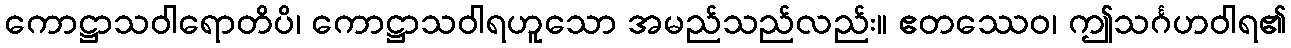
ကောဋ္ဌာသဝါရောတိပိ၊ ကောဋ္ဌာသဝါရဟူသော အမည်သည်လည်း။ ဧတဿေဝ၊ ဤသင်္ဂဟဝါရ၏